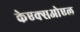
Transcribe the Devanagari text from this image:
केएक्सओएल